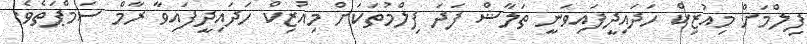
ފިލްމަށް މިއުޒިކް ހަދައިދީފައިވަނީ ތަލާޝް ފަދަ ފިލްމުތަކަށް މިއުޒިކް ހަދައިދީފައިވާ ރާމް ސަމްޕަތެވެ.